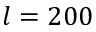
l = 2 0 0